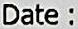
DATE :